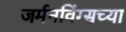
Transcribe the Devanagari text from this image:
जर्मनविंग्सच्या